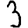
Digit: 3